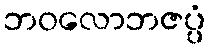
ဘဝလောဘဇပ္ပံ